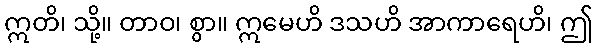
ဣတိ၊ သို့။ တာဝ၊ စွာ။ ဣမေဟိ ဒသဟိ အာကာရေဟိ၊ ဤ